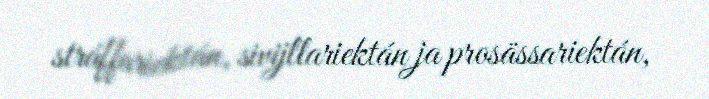
stráffariektán, sivijllariektán ja prosässariektán,